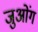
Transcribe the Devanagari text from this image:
जुओंग